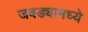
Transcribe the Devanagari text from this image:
जबड्यामध्ये